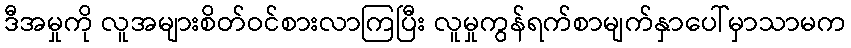
ဒီအမှုကို လူအများစိတ်ဝင်စားလာကြပြီး လူမှုကွန်ရက်စာမျက်နှာပေါ်မှာသာမက